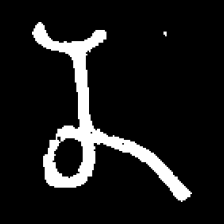
Pyu character \u2014 Myanmar letter: န (romanized: na)